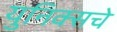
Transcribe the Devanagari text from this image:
युनिक्सचे